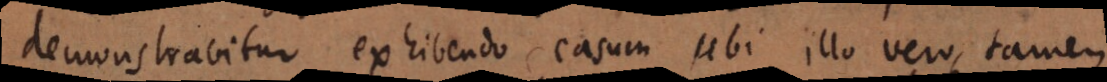
demonstrabitur exhibendo casum ubi illo vero, tamen